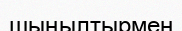
шыңылтырмен